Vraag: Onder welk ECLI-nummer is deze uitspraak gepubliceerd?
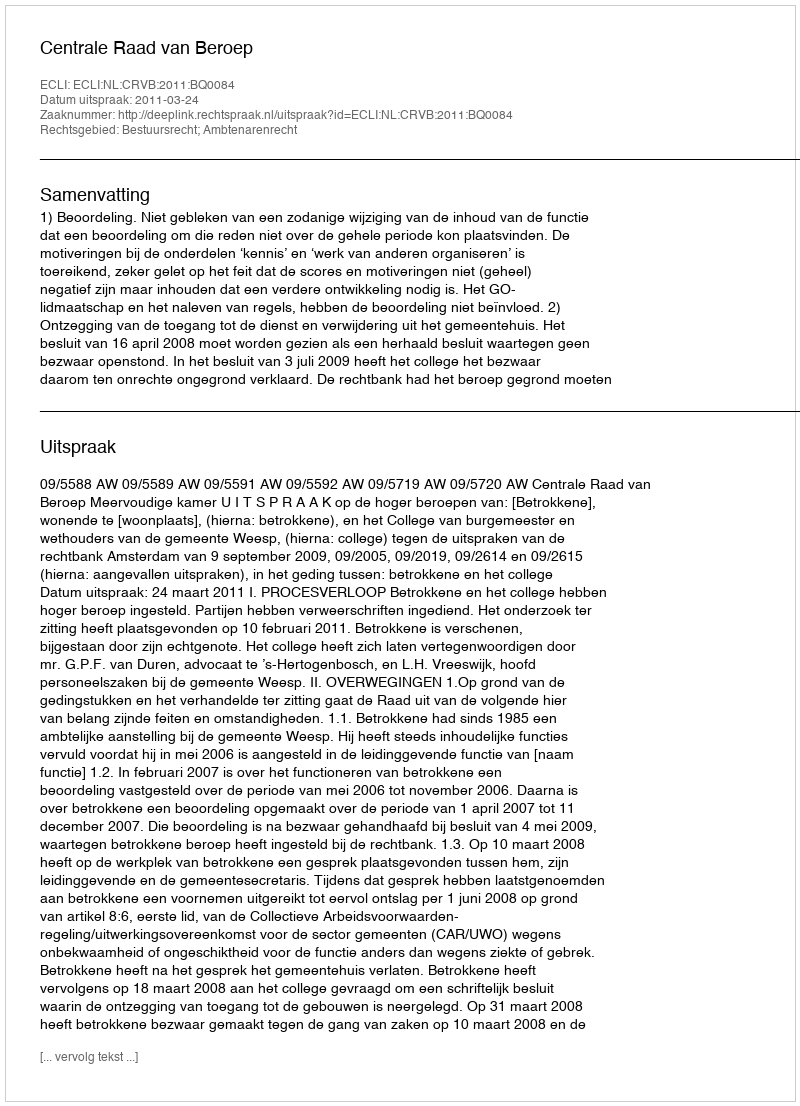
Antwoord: ECLI:NL:CRVB:2011:BQ0084